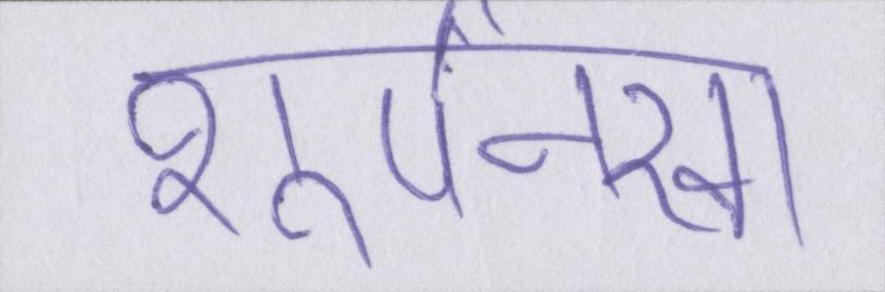
शूर्पनखा